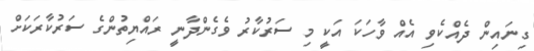
ގިނައިން ދެއްކެވި އެއް ވާހަކަ އަކީ މި ސަރުކާރު ވެގެންދާނީ ރައްޔިތުންގެ ސަރުކާރަކަށް